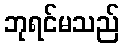
ဘုရင်မသည်